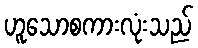
ဟူသောစကားလုံးသည်